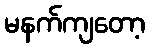
မနက်ကျတော့